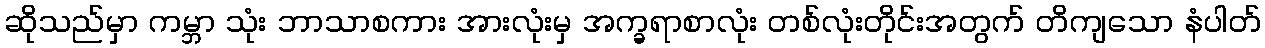
ဆိုသည်မှာ ကမ္ဘာ သုံး ဘာသာစကား အားလုံးမှ အက္ခရာစာလုံး တစ်လုံးတိုင်းအတွက် တိကျသော နံပါတ်